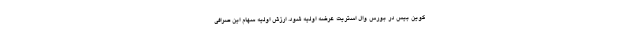
کوین بیس در بورس وال استریت عرضه اولیه شود. ارزش اولیه سهام این صرافی